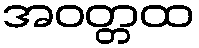
အဝတ္တထ